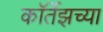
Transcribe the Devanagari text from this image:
कॉर्तेझच्या